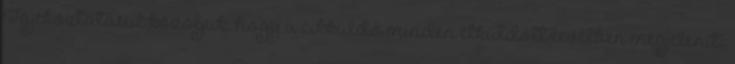
Tájékoztatásul közöljük, hogy a cikküldő minden elküldött levélben megjeleníti